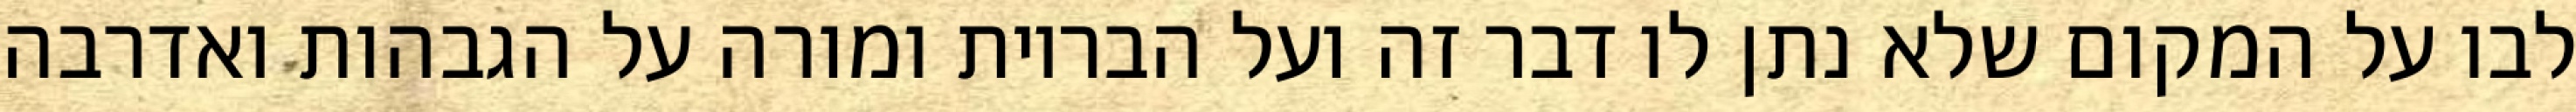
לבו על המקום שלא נתן לו דבר זה ועל הבריות ומורה על הגבהות ואדרבה